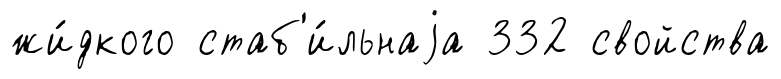
жи́дкого стаб'и́льнаjа 332 свойства